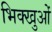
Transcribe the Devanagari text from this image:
भिक्खुओं